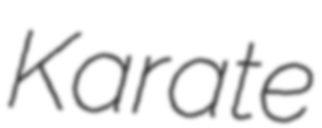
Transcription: Karate